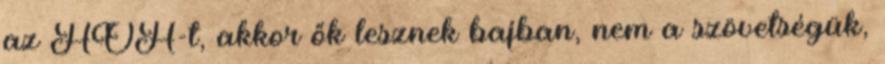
az HOH-t, akkor ők lesznek bajban, nem a szövetségük,